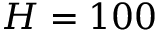
H = 1 0 0